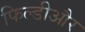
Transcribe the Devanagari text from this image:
फिल्डीऔर